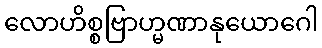
လောဟိစ္စဗြာဟ္မဏာနုယောဂေါ